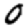
Digit: 0